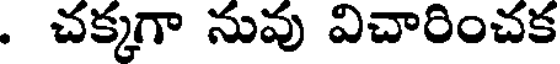
. చక్కగా నువు విచారించక